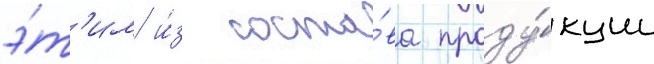
э́т'им и́з соста́ва проду́кции